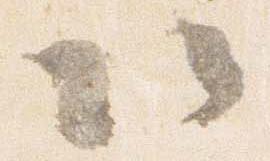
以